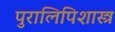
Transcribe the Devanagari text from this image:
पुरालिपिशास्त्र